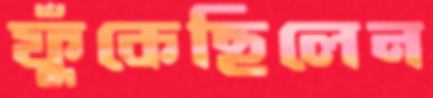
ফুঁকেছিলেন